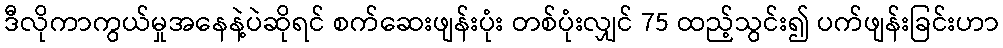
ဒီလိုကာကွယ်မှုအနေနဲ့ပဲဆိုရင် စက်ဆေးဖျန်းပုံး တစ်ပုံးလျှင် 75 ထည့်သွင်း၍ ပက်ဖျန်းခြင်းဟာ